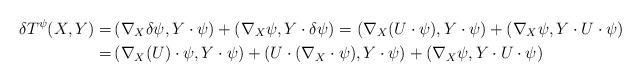
LaTeX: \begin{align*}\delta T^\psi(X,Y)=&\left(\nabla_X\delta\psi,Y\cdot\psi\right)+\left(\nabla_X\psi,Y\cdot\delta\psi\right)=\left(\nabla_X(U\cdot\psi),Y\cdot\psi\right)+\left(\nabla_X\psi,Y\cdot U\cdot \psi\right)\\=&\left(\nabla_X(U)\cdot\psi,Y\cdot\psi\right)+\left(U\cdot(\nabla_X\cdot\psi),Y\cdot\psi\right)+\left(\nabla_X\psi,Y\cdot U\cdot \psi\right)\end{align*}